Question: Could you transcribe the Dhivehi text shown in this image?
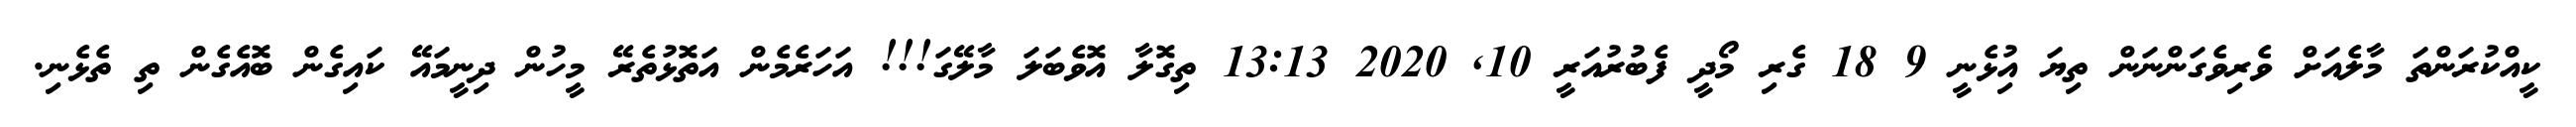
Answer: ކީއްކުރަންތަ މާލެއަށް ވެރިވެގަންނަން ތިޔަ އިުޅެނީ 9 18 ގެރި މޯދީ ފެބުރުއަރީ 10, 2020 13:13 ތިގޮލާ އޮވެބަލަ މާލޭގަ!!! އަހަރެމެން އަތޮޅުތެރޭ މީހުން ދިނީމައޭ ކައިގެން ބޮއެގެން ތި ތެޅެނި.